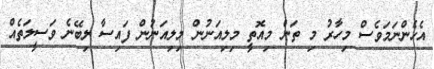
އެހެންނަމަވެސް މިހާރު މި ތަން މިއޮތީ މިލިއަނުން މިލިއަނުން ފައިސާ ލިބޭނެ ވަސީލަތެއް